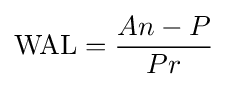
{\text{WAL}}={\frac {An-P}{Pr}}